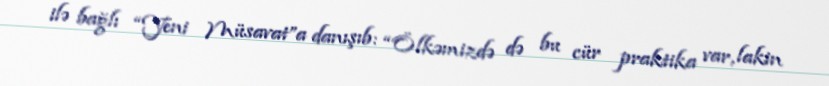
ilə bağlı “Yeni Müsavat”a danışıb: “Ölkəmizdə də bu cür praktika var, lakin